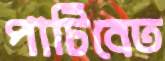
পাটিবেত